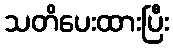
သတိပေးထားပြီး